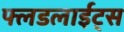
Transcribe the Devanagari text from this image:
फ्लडलाईट्स